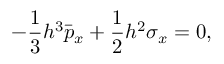
- \frac { 1 } { 3 } h ^ { 3 } \bar { p } _ { x } + \frac { 1 } { 2 } h ^ { 2 } \sigma _ { x } = 0 ,